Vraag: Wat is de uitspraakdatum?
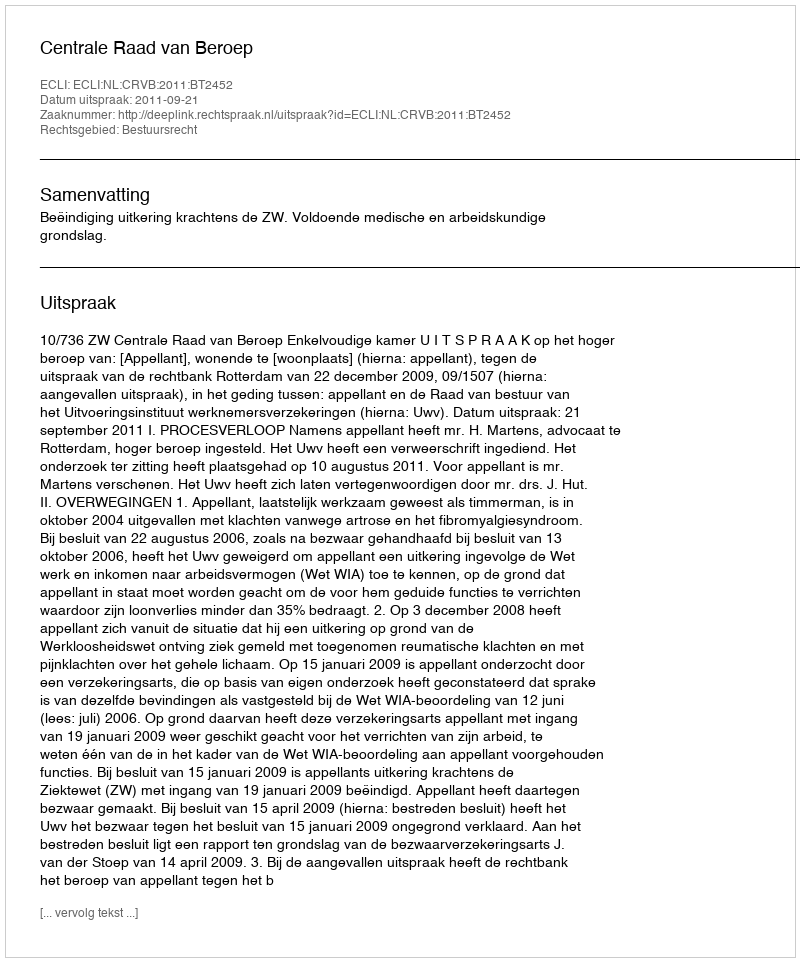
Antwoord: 2011-09-21